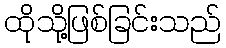
ထိုသို့ဖြစ်ခြင်းသည်